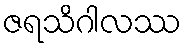
ဇရသိဂါလဿ